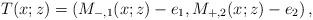
LaTeX: \begin{align*}T(x;z)=\left(M_{-,1}(x;z)-e_1, M_{+,2}(x;z)-e_2\right),\end{align*}